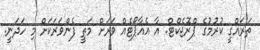
ތަރައްގީ ކުރުމުގެ ޕްރޮޖެކްޓް. އާ އެއާޕޯޓެއް ވަރަށް މަތީ ފެންވަރަކަށް މި ހަދަނީ.